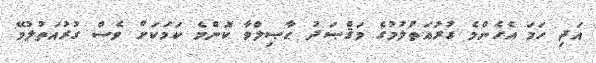
އަދި ހަމަ އެހެންމެ ގުރުއަތުލުމުގެ މަޤްޞަދު ޙާޞިލްވާ ކޮންމެ ކަމަކަށް ވެސް ގުރުއަތުލުމޭ